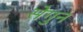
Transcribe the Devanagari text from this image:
सेगुन